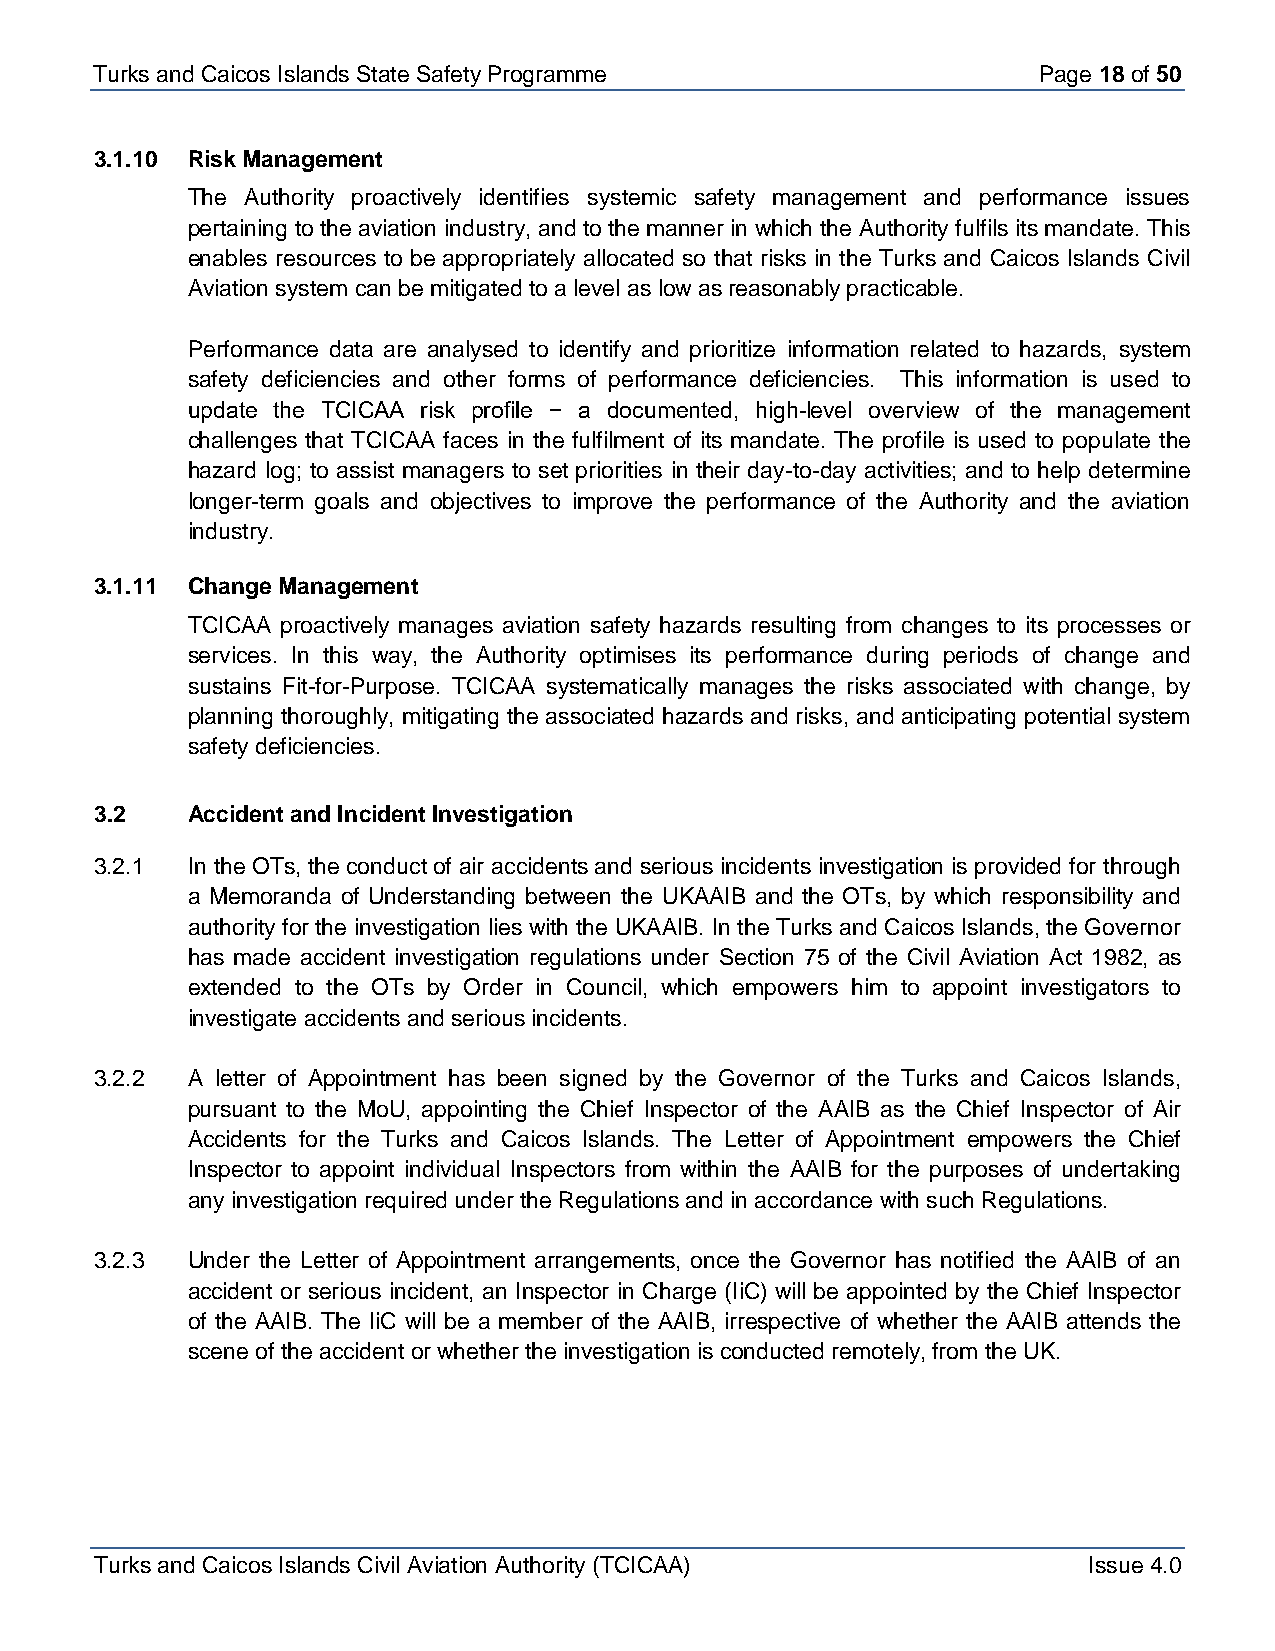
Turks and Caicos Is lands State Safety Programme               Page 18 of 50
 3.1.10 Risk Management
 The Authority proactively identifies systemic safety management and performance issues
 pertaining to the aviation industry, and to the manner in which the Authority fulfils its mandate. This
 enables resources to be appropriately allocated so that risks in the Turks and Caicos Islands Civil
 Aviation system can be mitigated to a level as low as reasonably practicable.
 Performance data are analysed to identify and prioritize information related to hazards, system
 safety deficiencies and other forms of performance deficiencies. This information is used to
 update the TCICAA risk profile − a documented, high-level overview of the management
 challenges that TCICAA faces in the fulfilment of its mandate. The profile is used to populate the
 hazard log; to assist managers to set priorities in their day-to-day activities; and to help determine
 longer-term goals and objectives to improve the performance of the Authority and the aviation
 industry.
 3.1.11 Change Management
 TCICAA proactively manages aviation safety hazards resulting from changes to its processes or
 services. In this way, the Authority optimises its performance during periods of change and
 sustains Fit-for-Purpose. TCICAA systematically manages the risks associated with change, by
 planning thoroughly, mitigating the associated hazards and risks, and anticipating potential system
 safety deficiencies.
 3.2   Accident and Incident Investigation
 3.2.1 In the OTs, the conduct of air accidents and serious incidents investigation is provided for through
 a Memoranda of Understanding between the UKAAIB and the OTs, by which responsibility and
 authority for the investigation lies with the UKAAIB. In the Turks and Caicos Islands, the Governor
 has made accident investigation regulations under Section 75 of the Civil Aviation Act 1982, as
 extended to the OTs by Order in Council, which empowers him to appoint investigators to
 investigate accidents and serious incidents.
 3.2.2 A letter of Appointment has been signed by the Governor of the Turks and Caicos Islands,
 pursuant to the MoU, appointing the Chief Inspector of the AAIB as the Chief Inspector of Air
 Accidents for the Turks and Caicos Islands. The Letter of Appointment empowers the Chief
 Inspector to appoint individual Inspectors from within the AAIB for the purposes of undertaking
 any investigation required under the Regulations and in accordance with such Regulations.
 3.2.3 Under the Letter of Appointment arrangements, once the Governor has notified the AAIB of an
 accident or serious incident, an Inspector in Charge (IiC) will be appointed by the Chief Inspector
 of the AAIB. The IiC will be a member of the AAIB, irrespective of whether the AAIB attends the
 scene of the accident or whether the investigation is conducted remotely, from the UK.
 Turks and Caicos Islands Civil Aviation Authority (TCICAA)        Issue 4.0